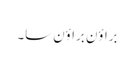
براؤن براؤن سا۔